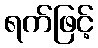
ရက်ဖြင့်